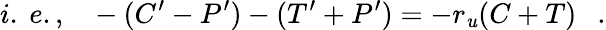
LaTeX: i.~e.,~~~-(C^{\prime}-P^{\prime})-(T^{\prime}+P^{\prime})=-r_{\mathit{u}}(C+T)~~~.